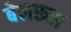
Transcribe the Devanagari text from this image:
बेलरूस